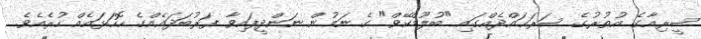
ސީރިއާގެ އުތުރުގެ ސަރަޙައްދެއްގައި "ބުލޫޑްކޭވް" ގެ ނަމުން ނަންދީފައިވާ ފަރުބަދައެއްގެ ހޮހަޅައެއް ހުރެއެވެ.